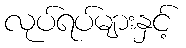
လုပ်ရပ်များနှင့်